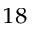
^ { 1 8 }